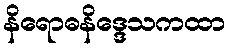
နိရောဓနိဒ္ဒေသကထာ